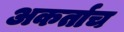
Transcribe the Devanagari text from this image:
अकर्ताच